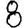
Digit: 8